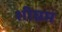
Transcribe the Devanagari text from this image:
शीघ्रम